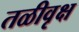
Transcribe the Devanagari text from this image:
तळीवृक्ष